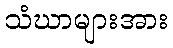
သံဃာများအား